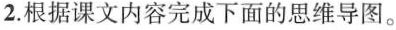
2.根据课文内容完成下面的思维导图。